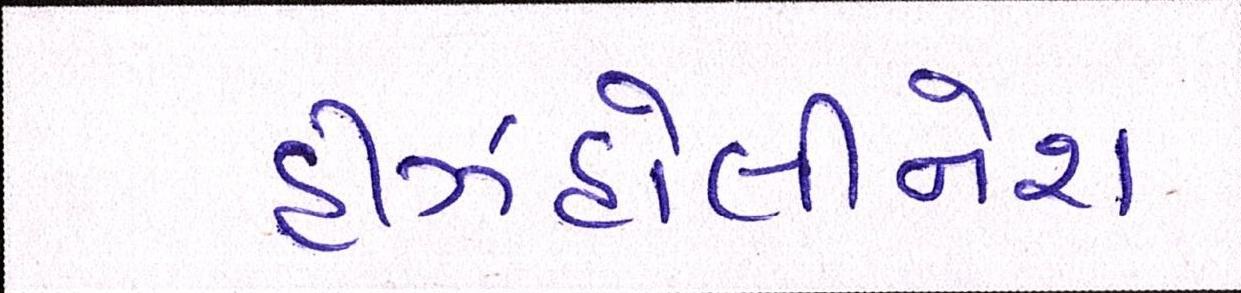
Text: હીઝહોલીનેશ